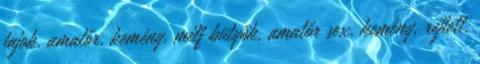
fajok, amatőr, kemény, milf bütyök, amatőr sex, kemény, rejtett,